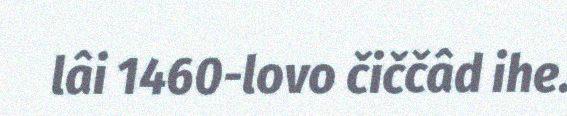
lâi 1460-lovo čiččâd ihe.